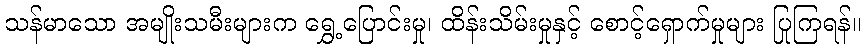
သန်မာသော အမျိုးသမီးများက ရွှေ့ပြောင်းမှု၊ ထိန်းသိမ်းမှုနှင့် စောင့်ရှောက်မှုများ ပြုကြရန်။